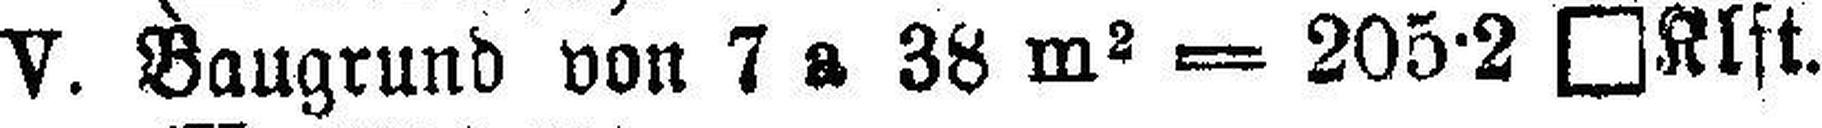
V. Baugrund von 7 a 38 m2 = 205·2 □Klft.